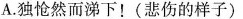
A.独怆然而涕下！(悲伤的样子)